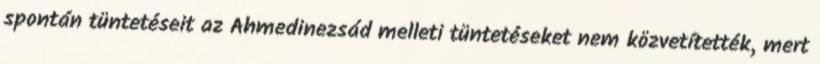
spontán tüntetéseit az Ahmedinezsád melleti tüntetéseket nem közvetítették, mert